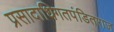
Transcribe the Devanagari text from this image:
प्रसादाधिगतपंडितराज